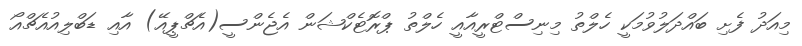
މިއަދު ފެށި ބައްދަލުވުމަކީ ހެލްތު މިނިސްޓްރީއާއީ ހެލްތު ޕްރޮޓެކްޝަން އެޖެންސީ(އެޗްޕީއޭ) އާއި ޑަބްލިއުއެޗްއޯ